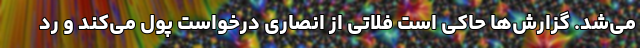
می‌شد. گزارش‌ها حاکی است فلاتی از انصاری درخواست پول می‌کند و رد